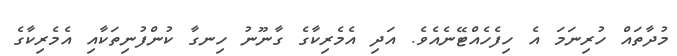
މުދާތައް ހުރިނަމަ އެ ހިފެހެއްޓޭނެއެވެ. އަދި އެމެރިކާގެ ގާނޫނު ހިނގާ ކުންފުނިތަކާއި އެމެރިކާގެ